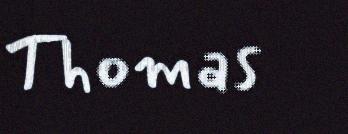
Thomas